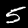
Label: 5